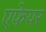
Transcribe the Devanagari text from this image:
एफेयर